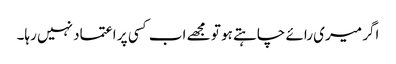
اگر میری رائے چاہتے ہو تو مجھے اب کسی پر اعتماد نہیں رہا۔